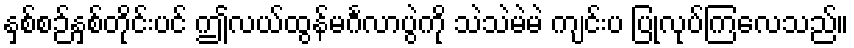
နှစ်စဉ်နှစ်တိုင်းပင် ဤလယ်ထွန်မင်္ဂလာပွဲကို သဲသဲမဲမဲ ကျင်းပ ပြုလုပ်ကြလေသည်။